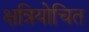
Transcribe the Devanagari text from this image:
क्षत्रियोचित